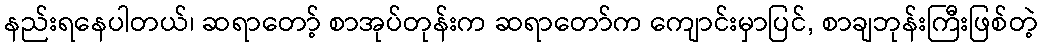
နည်းရနေပါတယ်၊ ဆရာတော့် စာအုပ်တုန်းက ဆရာတော်က ကျောင်းမှာပြင်, စာချဘုန်းကြီးဖြစ်တဲ့